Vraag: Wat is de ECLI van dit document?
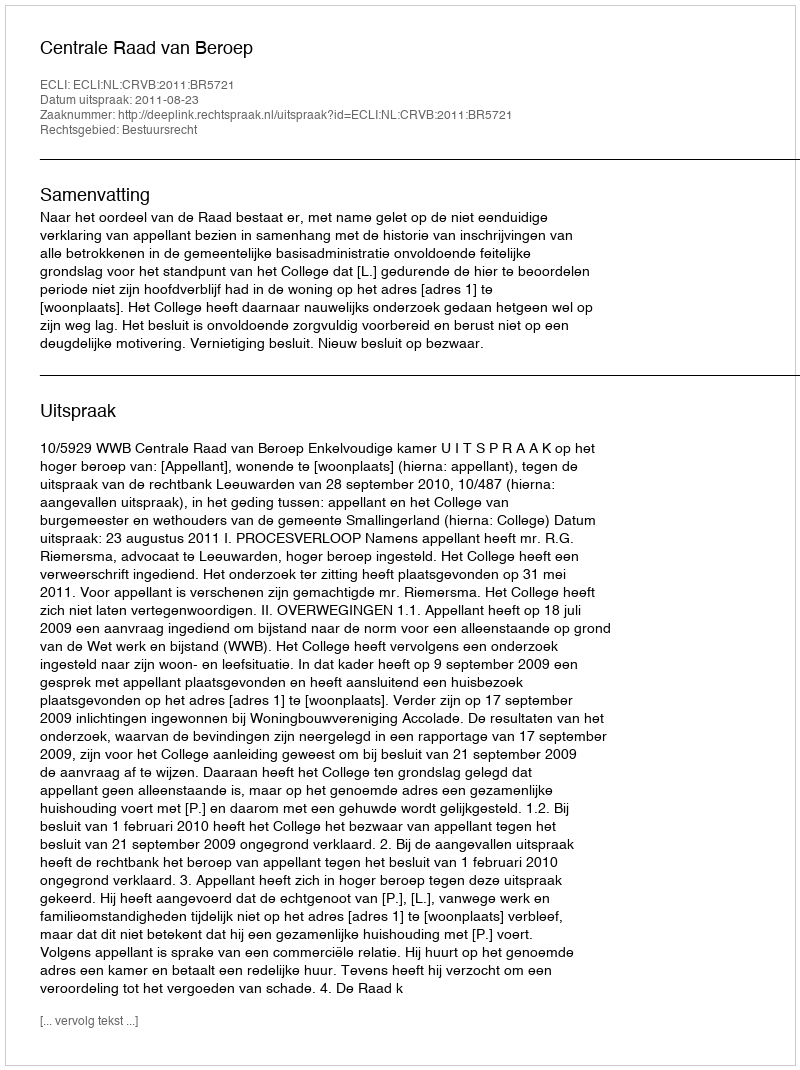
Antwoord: ECLI:NL:CRVB:2011:BR5721